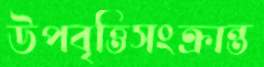
উপবৃত্তিসংক্রান্ত